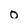
Character: 0